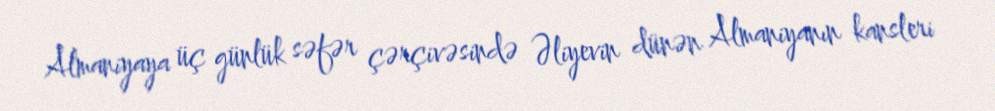
Almaniyaya üç günlük səfər çərçivəsində Əliyevin dünən Almaniyanın kansleri